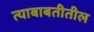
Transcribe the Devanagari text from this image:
त्‍याबाबतीतील